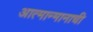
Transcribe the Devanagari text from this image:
आत्मान्मानाची